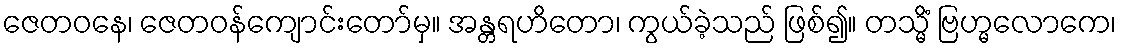
ဇေတဝနေ၊ ဇေတဝန်ကျောင်းတော်မှ။ အန္တရဟိတော၊ ကွယ်ခဲ့သည် ဖြစ်၍။ တသ္မိံ ဗြဟ္မလောကေ၊